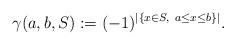
LaTeX: \begin{align*}\gamma(a,b,S):=(-1)^{|\{x\in S, \ a\leq x\leq b\}|}.\end{align*}